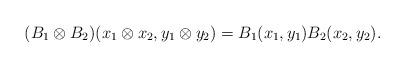
LaTeX: \begin{align*}(B_1 \otimes B_2)(x_1 \otimes x_2, y_1 \otimes y_2) = B_1(x_1,y_1) B_2(x_2, y_2). \end{align*}